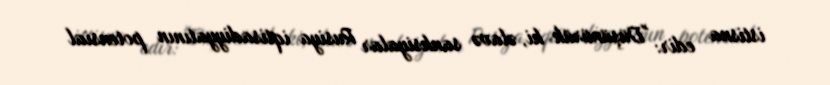
istisna edir: "Düşünürük ki, əlavə sanksiyalar Rusiya iqtisadiyyatının potensial